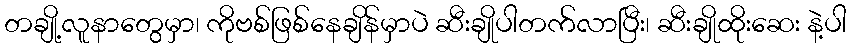
တချို့လူနာတွေမှာ၊ ကိုဗစ်ဖြစ်နေချိန်မှာပဲ ဆီးချိုပါတက်လာပြီး၊ ဆီးချိုထိုးဆေး နဲ့ပါ